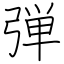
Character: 弾